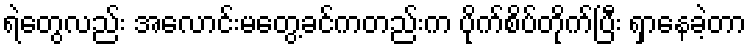
ရဲတွေလည်း အလောင်းမတွေ့ခင်ကတည်းက ပိုက်စိပ်တိုက်ပြီး ရှာနေခဲ့တာ